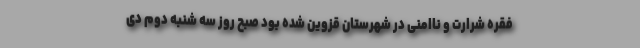
فقره شرارت و ناامنی در شهرستان قزوین شده بود صبح روز سه شنبه دوم دی